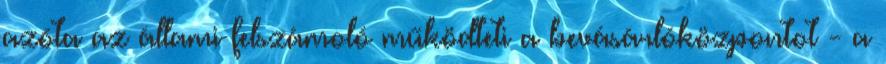
azóta az állami felszámoló működteti a bevásárlóközpontot - a